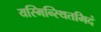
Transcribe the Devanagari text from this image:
यस्मिन्स्थितमिदं